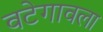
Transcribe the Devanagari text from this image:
वटेगावला